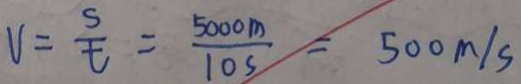
V = \frac { s } { t } = \frac { 5 0 0 m } { 1 0 s } = 5 0 0 m / s